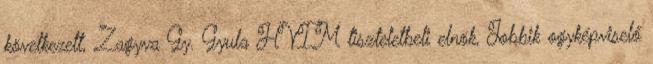
következett, Zagyva Gy. Gyula HVIM tiszteletbeli elnök, Jobbik ogyképviselő